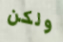
ولكن